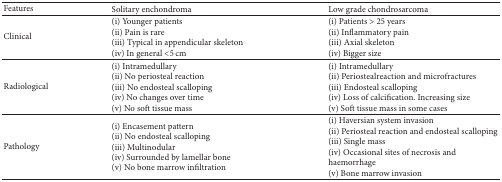
| Features | Solitary enchondroma | Low grade chondrosarcoma |
 | --- | --- | --- |
 | Clinical | (i) Younger patients(ii) Pain is rare(iii) Typical in appendicular skeleton(iv) In general <5 cm | (i) Patients > 25 years(ii) Inflammatory pain(iii) Axial skeleton(iv) Bigger size |
 | Radiological | (i) Intramedullary(ii) No periosteal reaction(iii) No endosteal scalloping(iv) No changes over time(v) No soft tissue mass | (i) Intramedullary(ii) Periostealreaction and microfractures(iii) Endosteal scalloping(iv) Loss of calcification. Increasing size(v) Soft tissue mass in some cases |
 | Pathology | (i) Encasement pattern(ii) No endosteal scalloping(iii) Multinodular(iv) Surrounded by lamellar bone(v) No bone marrow infiltration | (i) Haversian system invasion(ii) Periosteal reaction and endosteal scalloping(iii) Single mass(iv) Occasional sites of necrosis and haemorrhage(v) Bone marrow invasion |